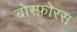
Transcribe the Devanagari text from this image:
बोस्फ़ोरस